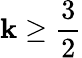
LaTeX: \mathbf{k}\geq\frac{3}{2}